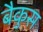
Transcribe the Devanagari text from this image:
बैकुस